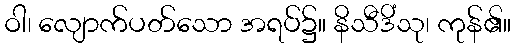
ဝါ၊ လျောက်ပတ်သော အရပ်၌။ နိသီဒိံသု၊ ကုန်၏။